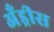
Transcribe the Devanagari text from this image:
अँड्रीस